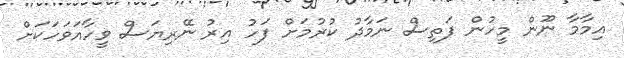
އިމާމާ ނޫން މީހުން ފަތިސް ނަމާދު ކުރުމަށް ފަހު އިރު ނޭރިޔަސް ވީހާއަވަހަކަށް